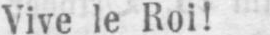
Vive le Roi!